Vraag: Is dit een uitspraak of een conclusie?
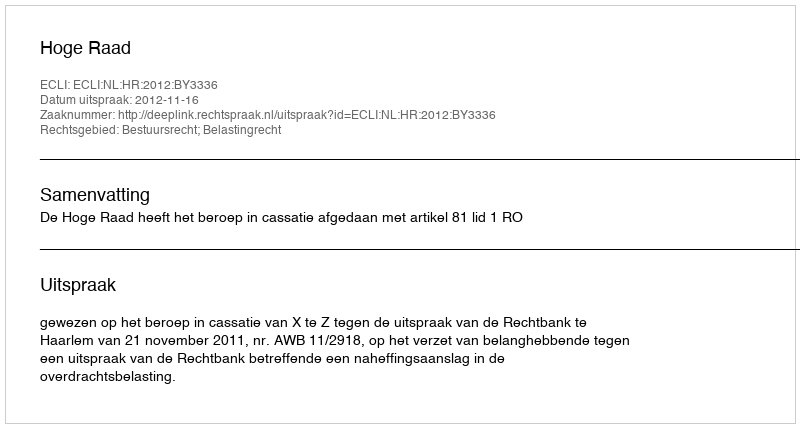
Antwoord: Uitspraak